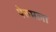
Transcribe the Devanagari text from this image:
पेरुमला